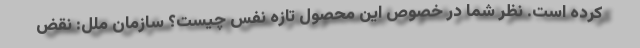
کرده است. نظر شما در خصوص این محصول تازه نفس چیست؟ سازمان ملل: نقض